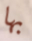
بها